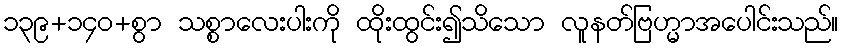
၁၃၉+၁၄၀+စွာ သစ္စာလေးပါးကို ထိုးထွင်း၍သိသော လူနတ်ဗြဟ္မာအပေါင်းသည်။